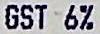
GST 6%